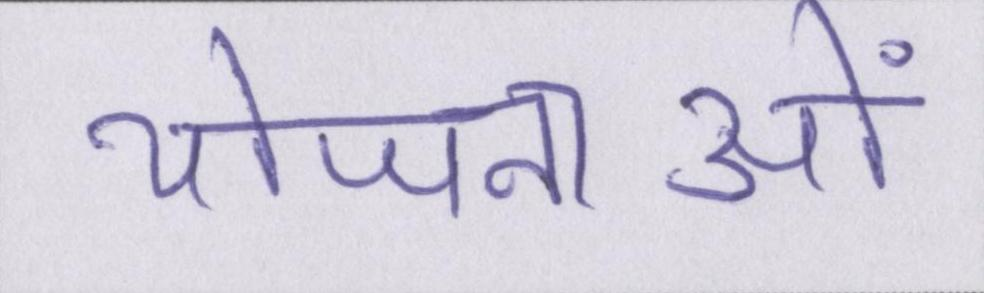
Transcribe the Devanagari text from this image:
योजनाओं